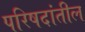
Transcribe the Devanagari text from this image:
परिषदांतील